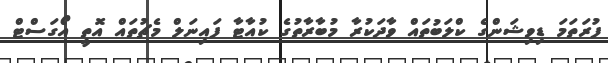
ފުރަތަމަ ޑިވިޝަންގެ ކްލަބުތައް ވާދަކުރާ މުބާރާތުގެ ކުއާޓާ ފައިނަލް މެޗުތައް އޮތީ އޯގަސްޓް